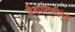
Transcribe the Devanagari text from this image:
जैवपातळीमुळे